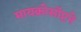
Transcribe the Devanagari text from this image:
मायक्रोसॉप्टने